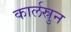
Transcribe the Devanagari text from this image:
कार्लस्रुन